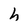
Character: h